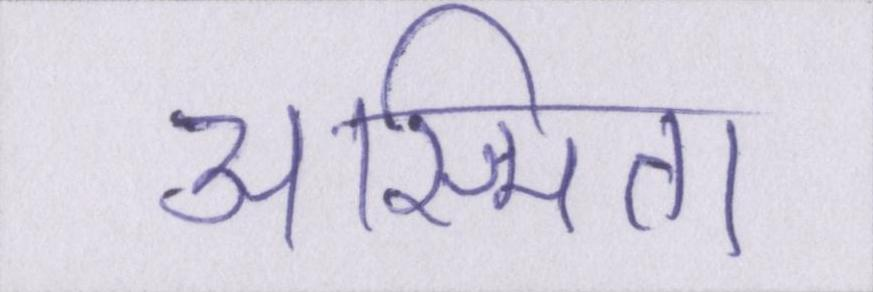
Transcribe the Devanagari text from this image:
अस्मिता